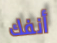
أنفك